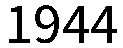
1944